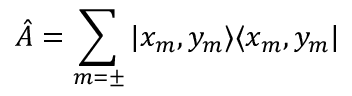
\hat { A } = \sum _ { m = \pm } | x _ { m } , y _ { m } \rangle \langle x _ { m } , y _ { m } |